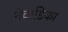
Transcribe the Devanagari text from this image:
नेवाडिका